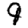
Digit: 9